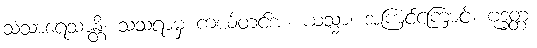
သံသာရေသာန္တိ၊ သံသရာမှ ကယ်တင်အံ့။ ယသ္မာ၊ အကြင်ကြောင့်။ ဗုဒ္ဓတ္တံ၊